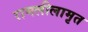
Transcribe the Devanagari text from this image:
रामलीलामृत